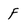
Character: F